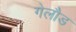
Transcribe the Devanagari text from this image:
गेलौड